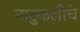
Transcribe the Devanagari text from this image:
नाटुकलीचे